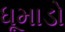
ધૂમાડો